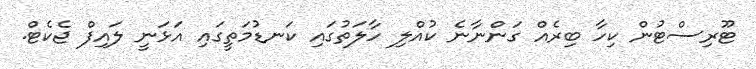
ޓޫރިސްޓުން ކިހާ ބިރެއް ގަންނާނެ ކުއްލި ހާލަތުގައި ކަނޑުމަތީގައި އަޅަނީ ލައިފް ޖެކެޓް.